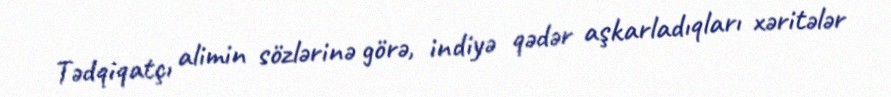
Tədqiqatçı alimin sözlərinə görə, indiyə qədər aşkarladıqları xəritələr